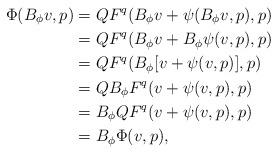
LaTeX: \begin{align*}\Phi(B_\phi v,p) &= QF^q(B_\phi v + \psi(B_\phi v, p), p)\\&=QF^q(B_\phi v + B_\phi\psi(v,p),p)\\&=QF^q(B_\phi[v+\psi(v,p)],p)\\&=QB_\phi F^q(v + \psi(v,p),p)\\&=B_\phi QF^q(v + \psi(v,p),p)\\&=B_\phi \Phi(v,p),\end{align*}